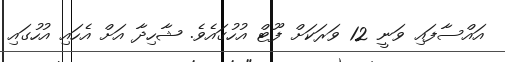
އައްސާފައި ވަނީ 12 ވަރަކަށް ފޫޓް އުހުގައެވެ. ޝާހިދާ އަށް އެހައި އުހުގައި